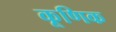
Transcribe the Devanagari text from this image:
कूणिक